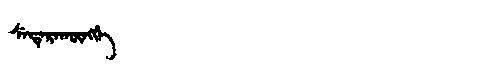
Manchu: ᠰᡝᡩᡝᡵᠠᡴᡡᠩᡤᡝ
Romanization: SEDERAKŪNGGE